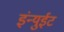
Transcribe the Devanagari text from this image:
इंन्युईट